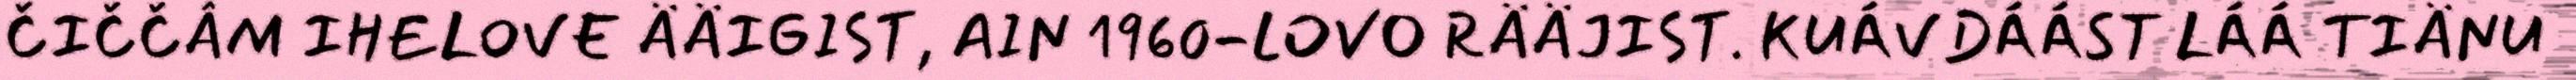
ČIČČÂM IHELOVE ÄÄIGIST, AIN 1960-LOVO RÄÄJIST. KUÁVDÁÁST LÁÁ TIÄNU